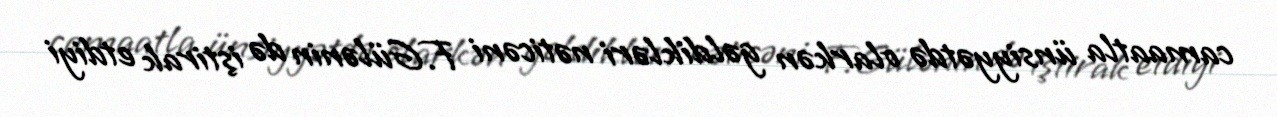
camaatla ünsiyyətdə olarkən gəldikləri nəticəni F.Gülənin də iştirak etdiyi